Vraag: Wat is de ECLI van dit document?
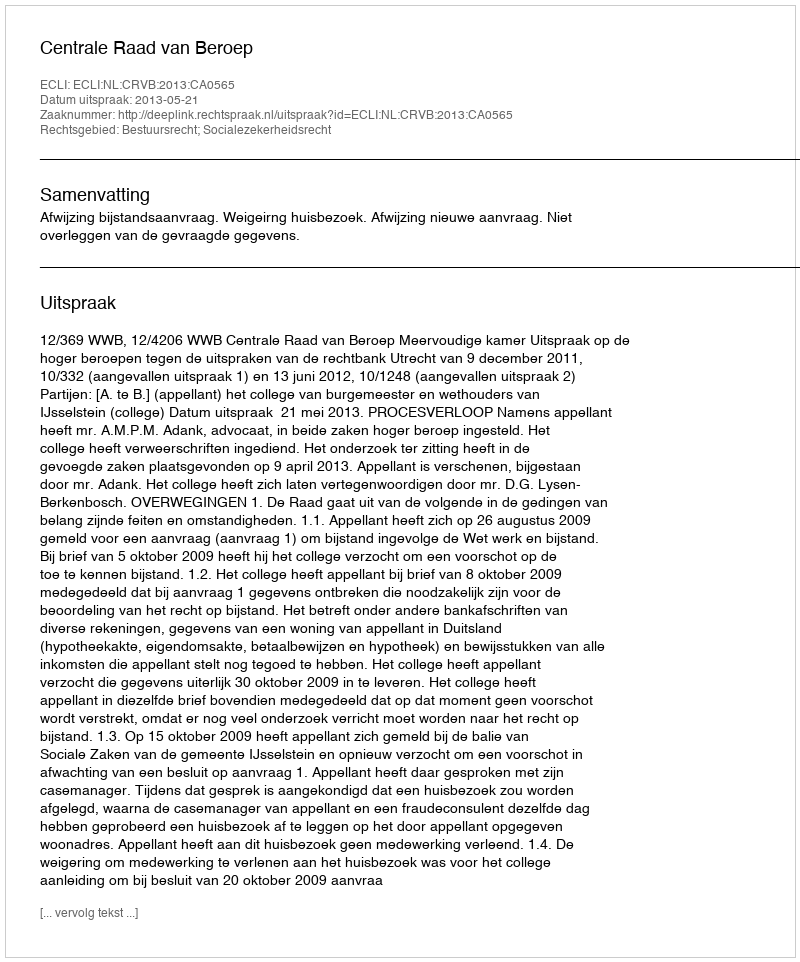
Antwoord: ECLI:NL:CRVB:2013:CA0565